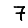
Digit: 7